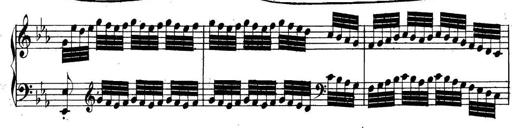
Title: Collected Piano Sonatas
Composer: Muzio Clementi